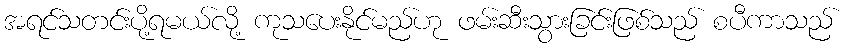
အရင်သတင်းပို့ရမယ်လို့ ကုသပေးနိုင်မည်ဟု ဖမ်းဆီးသွားခြင်းဖြစ်သည် စပီကာသည်